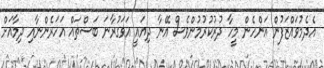
އެދެމުވައްޒަފުން އަންހެން މީހާ ދުރުކުރުމުންވެސް އޭނާ ދިޔައީ އަވަގުރާނަ ބަސްތައް އަހަރެންނާއި ދިމާއަށް